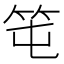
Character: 𥫱